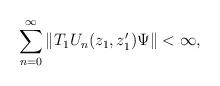
LaTeX: \begin{align*}\sum _{n=0} ^\infty \| T_1 U_n (z_1, z_1') \Psi \| < \infty ,\end{align*}